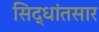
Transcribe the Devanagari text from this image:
सिद्धांतसार